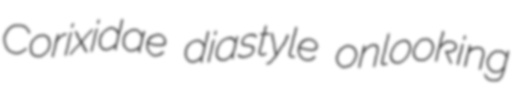
Corixidae diastyle onlooking